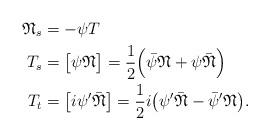
LaTeX: \begin{align*}\mathfrak{N}_{s} &= -\psi T\\T_{s}&= \big[\psi\mathfrak{N}\big] = \frac{1}{2}\Big(\bar{\psi}\mathfrak{N}+\psi\bar{\mathfrak{N}}\Big)\\T_{t} &= \big[i\psi'\bar{\mathfrak{N}} \big] = \frac{1}{2}i\big(\psi'\bar{\mathfrak{N}}-\bar{\psi}'\mathfrak{N}\big).\end{align*}